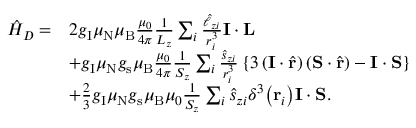
{ \begin{array} { r l } { { \hat { H } } _ { D } = } & { 2 g _ { \mathrm { I } } \mu _ { \mathrm { N } } \mu _ { \mathrm { B } } { \frac { \mu _ { 0 } } { 4 \pi } } { \frac { 1 } { L _ { z } } } \sum _ { i } { \frac { { \hat { \ell } } _ { z i } } { r _ { i } ^ { 3 } } } \mathbf { I } \cdot \mathbf { L } } \\ & { + g _ { \mathrm { I } } \mu _ { \mathrm { N } } g _ { \mathrm { s } } \mu _ { \mathrm { B } } { \frac { \mu _ { 0 } } { 4 \pi } } { \frac { 1 } { S _ { z } } } \sum _ { i } { \frac { { \hat { s } } _ { z i } } { r _ { i } ^ { 3 } } } \left\{ 3 \left( \mathbf { I } \cdot { \hat { \mathbf { r } } } \right) \left( \mathbf { S } \cdot { \hat { \mathbf { r } } } \right) - \mathbf { I } \cdot \mathbf { S } \right\} } \\ & { + { \frac { 2 } { 3 } } g _ { \mathrm { I } } \mu _ { \mathrm { N } } g _ { \mathrm { s } } \mu _ { \mathrm { B } } \mu _ { 0 } { \frac { 1 } { S _ { z } } } \sum _ { i } { \hat { s } } _ { z i } \delta ^ { 3 } { \left( \mathbf { r } _ { i } \right) } \mathbf { I } \cdot \mathbf { S } . } \end{array} }